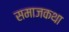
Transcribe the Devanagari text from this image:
समाजकथा